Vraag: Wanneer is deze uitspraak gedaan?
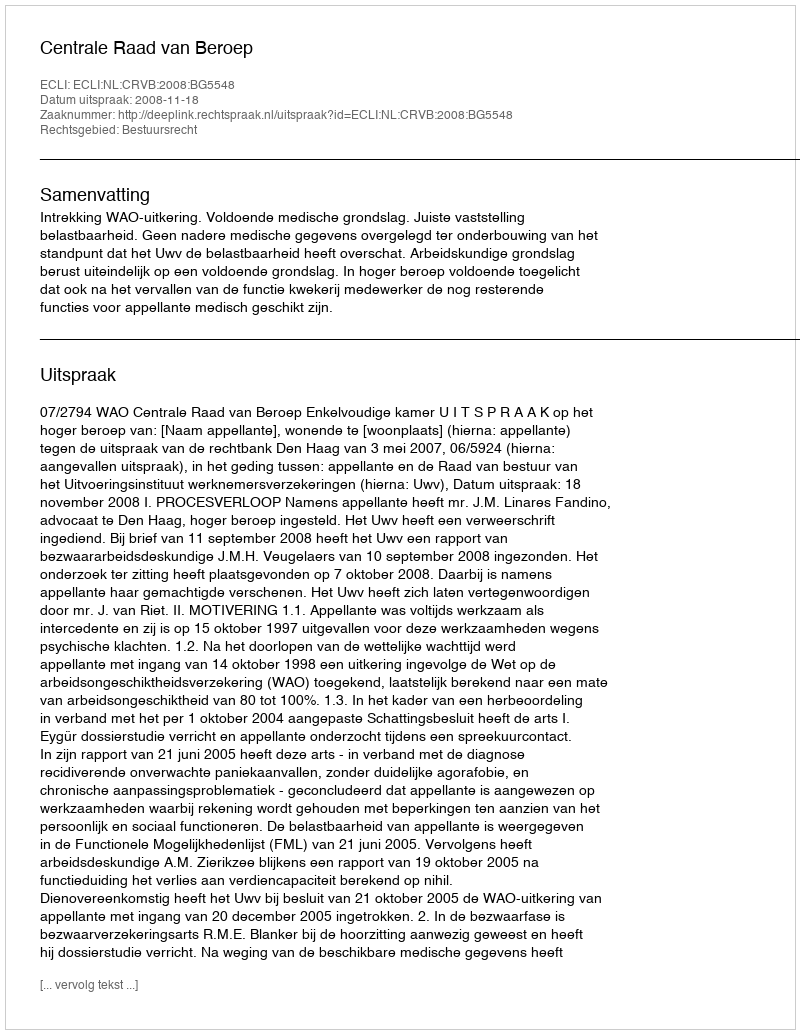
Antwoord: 2008-11-18